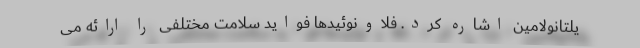
یلتانولامین اشاره کرد. فلاونوئیدها فواید سلامت مختلفی را ارائه می